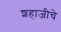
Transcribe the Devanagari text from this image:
शहाजीचे